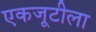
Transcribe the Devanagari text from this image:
एकजूटीला